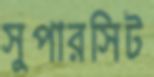
সুপারসিট